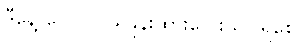
ဒီနေ့ ငွေလဲလှယ်နှုန်းထားလေးသိပါရစေ။